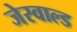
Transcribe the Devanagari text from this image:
जेस्वाल्ड